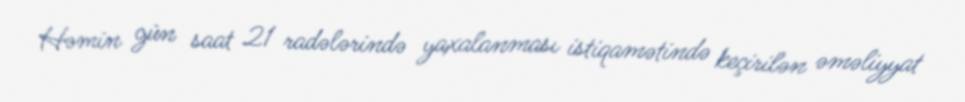
Həmin gün saat 21 radələrində yaxalanması istiqamətində keçirilən əməliyyat